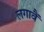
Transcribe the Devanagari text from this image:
लगावैं